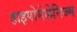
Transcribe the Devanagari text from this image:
हाइपोमेलेनिज्म